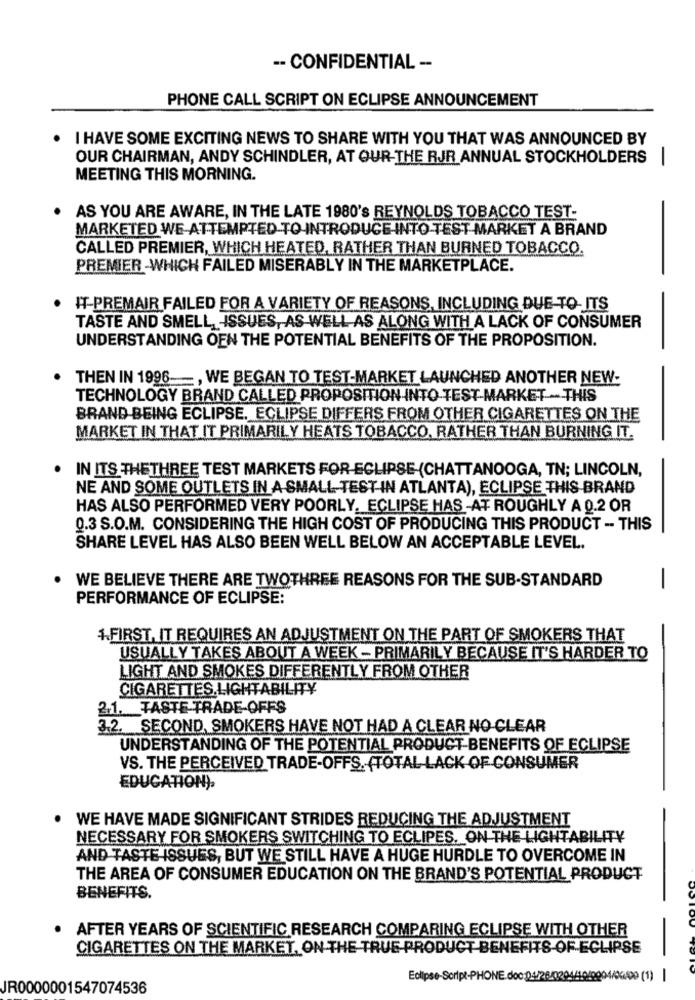
-- CONFIDENTIAL --
PHONE CALL SCRIPT ON ECLIPSE ANNOUNCEMENT
I HAVE SOME EXCITING NEWS TO SHARE WITH YOU THAT WAS ANNOUNCED BY
OUR CHAIRMAN, ANDY SCHINDLER, AT OUR-THE RJR ANNUAL STOCKHOLDERS |
MEETING THIS MORNING.
AS YOU ARE AWARE, IN THE LATE 1980's REYNOLDS TOBACCO TEST-
MARKETED WE-ATTEMPTED TO INTRODUCE INTO TEST MARKET A BRAND
CALLED PREMIER, WHICH HEATED, RATHER THAN BURNED TOBACCO.
PREMIER -WHICH FAILED MISERABLY IN THE MARKETPLACE.
IT-PREMAIR FAILED FOR A VARIETY OF REASONS, INCLUDING DUE-TO- ITS
TASTE AND SMELL, ISSUES, AS WELL AS ALONG WITH A LACK OF CONSUMER
UNDERSTANDING OFN THE POTENTIAL BENEFITS OF THE PROPOSITION.
THEN IN 1996 -, WE BEGAN TO TEST-MARKET LAUNCHED ANOTHER NEW-
TECHNOLOGY BRAND CALLED PROPOSITION INTO TEST-MARKET -- THIS
BRAND BEING ECLIPSE. ECLIPSE DIFFERS FROM OTHER CIGARETTES ON THE
MARKET IN THAT IT PRIMARILY HEATS TOBACCO, RATHER THAN BURNING IT.
IN ITS THETHREE TEST MARKETS FOR-ECLIPSE (CHATTANOOGA, TN; LINCOLN,
NE AND SOME OUTLETS IN A SMALL TEST IN ATLANTA), ECLIPSE THIS BRAND
HAS ALSO PERFORMED VERY POORLY, ECLIPSE HAS-AT ROUGHLY A 0.2 OR
0.3 S.O.M. CONSIDERING THE HIGH COST OF PRODUCING THIS PRODUCT -- THIS
SHARE LEVEL HAS ALSO BEEN WELL BELOW AN ACCEPTABLE LEVEL.
WE BELIEVE THERE ARE TWOTHREE REASONS FOR THE SUB-STANDARD
-
PERFORMANCE OF ECLIPSE:
1.FIRST, IT REQUIRES AN ADJUSTMENT ON THE PART OF SMOKERS THAT
USUALLY TAKES ABOUT A WEEK - PRIMARILY BECAUSE IT'S HARDER TO
LIGHT AND SMOKES DIFFERENTLY FROM OTHER
CIGARETTES.LIGHTABILITY
21. TASTE TRADE-OFFS
3.2. SECOND, SMOKERS HAVE NOT HAD A CLEAR NO CLEAR
UNDERSTANDING OF THE POTENTIAL PRODUCT-BENEFITS OF ECLIPSE
VS. THE PERCEIVED TRADE-OFFS. (TOTAL LACK OF CONSUMER
EDUCATION).
WE HAVE MADE SIGNIFICANT STRIDES REDUCING THE ADJUSTMENT
NECESSARY FOR SMOKERS SWITCHING TO ECLIPES. ON THE LIGHTABILITY
AND TASTE ISSUES, BUT WE STILL HAVE A HUGE HURDLE TO OVERCOME IN
THE AREA OF CONSUMER EDUCATION ON THE BRAND'S POTENTIAL PRODUCT
BENEFITS.
. AFTER YEARS OF SCIENTIFIC RESEARCH COMPARING ECLIPSE WITH OTHER
CIGARETTES ON THE MARKET, ON THE TRUE-PRODUCT BENEFITS-OF-ECLIPSE
JR0000001547074536